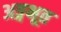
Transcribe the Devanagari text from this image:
अङ्गभूत